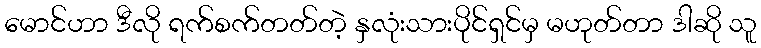
မောင်ဟာ ဒီလို ရက်စက်တတ်တဲ့ နှလုံးသားပိုင်ရှင်မှ မဟုတ်တာ ဒါဆို သူ